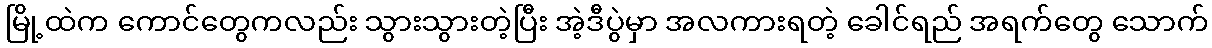
မြို့ထဲက ကောင်တွေကလည်း သွားသွားတဲ့ပြီး အဲ့ဒီပွဲမှာ အလကားရတဲ့ ခေါင်ရည် အရက်တွေ သောက်